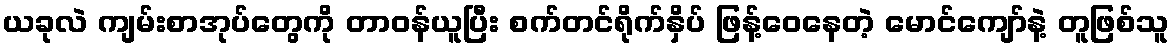
ယခုလဲ ကျမ်းစာအုပ်တွေကို တာဝန်ယူပြီး စက်တင်ရိုက်နှိပ် ဖြန့်ဝေနေတဲ့ မောင်ကျော်နဲ့ တူဖြစ်သူ